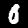
Digit: 0